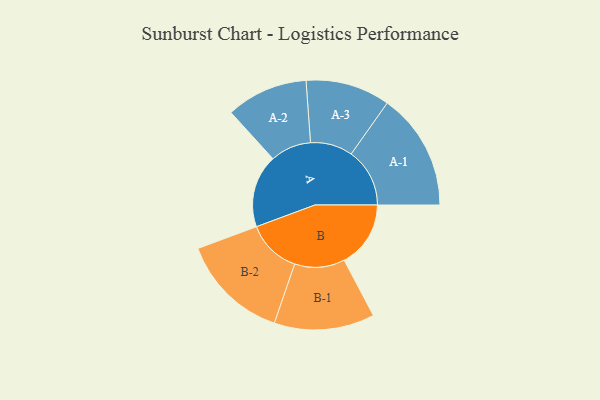
{"axis": {"x": "Segment", "y": "Value"}, "legend": ["", "A", "B"], "data": [{"x": "A", "y": 321, "type": ""}, {"x": "B", "y": 293, "type": ""}, {"x": "A-1", "y": 258, "type": "A"}, {"x": "A-2", "y": 180, "type": "A"}, {"x": "A-3", "y": 186, "type": "A"}, {"x": "B-1", "y": 221, "type": "B"}, {"x": "B-2", "y": 239, "type": "B"}]}